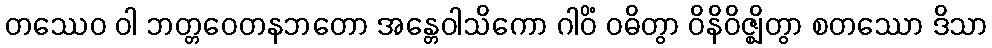
တဿေဝ ဝါ ဘတ္တဝေတနဘတော အန္တေဝါသိကော ဂါဝိံ ဝဓိတွာ ဝိနိဝိဇ္ဈိတွာ စတဿော ဒိသာ